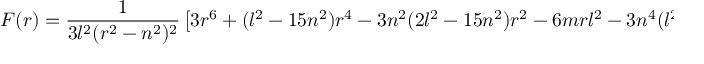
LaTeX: F ( r ) = { \frac { 1 } { 3 l ^ { 2 } ( r ^ { 2 } - n ^ { 2 } ) ^ { 2 } } } \left[ 3 r ^ { 6 } + ( l ^ { 2 } - 1 5 n ^ { 2 } ) r ^ { 4 } - 3 n ^ { 2 } ( 2 l ^ { 2 } - 1 5 n ^ { 2 } ) r ^ { 2 } - 6 m r l ^ { 2 } - 3 n ^ { 4 } ( l ^ { 2 } - 5 n ^ { 2 } ) \right]